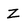
Character: Z